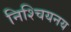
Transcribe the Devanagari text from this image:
निश्चियनय